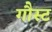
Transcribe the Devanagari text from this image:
गौस्ट